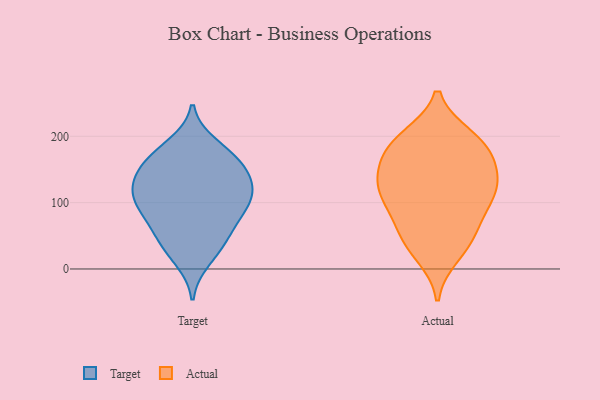
{"axis": {"x": "Shipments", "y": "Value"}, "legend": ["Actual", "Target"], "data": [{"x": "", "y": 115, "type": "Target"}, {"x": "", "y": 140, "type": "Target"}, {"x": "", "y": 139, "type": "Target"}, {"x": "", "y": 141, "type": "Target"}, {"x": "", "y": 86, "type": "Target"}, {"x": "", "y": 162, "type": "Target"}, {"x": "", "y": 33, "type": "Target"}, {"x": "", "y": 44, "type": "Target"}, {"x": "", "y": 165, "type": "Target"}, {"x": "", "y": 55, "type": "Target"}, {"x": "", "y": 73, "type": "Target"}, {"x": "", "y": 102, "type": "Target"}, {"x": "", "y": 111, "type": "Target"}, {"x": "", "y": 187, "type": "Target"}, {"x": "", "y": 175, "type": "Target"}, {"x": "", "y": 14, "type": "Target"}, {"x": "", "y": 114, "type": "Target"}, {"x": "", "y": 94, "type": "Target"}, {"x": "", "y": 151, "type": "Actual"}, {"x": "", "y": 91, "type": "Actual"}, {"x": "", "y": 184, "type": "Actual"}, {"x": "", "y": 199, "type": "Actual"}, {"x": "", "y": 199, "type": "Actual"}, {"x": "", "y": 55, "type": "Actual"}, {"x": "", "y": 126, "type": "Actual"}, {"x": "", "y": 124, "type": "Actual"}, {"x": "", "y": 37, "type": "Actual"}, {"x": "", "y": 143, "type": "Actual"}, {"x": "", "y": 181, "type": "Actual"}, {"x": "", "y": 54, "type": "Actual"}, {"x": "", "y": 123, "type": "Actual"}, {"x": "", "y": 92, "type": "Actual"}, {"x": "", "y": 112, "type": "Actual"}, {"x": "", "y": 21, "type": "Actual"}, {"x": "", "y": 175, "type": "Actual"}]}